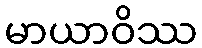
မာယာဝိဿ